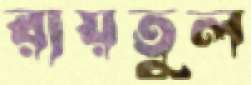
রায়তুল